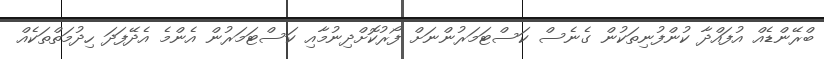
ބްރޭންޑެއް އުފައްދާ ކުންފުނިތަކުން ގެނެސް ކަސްޓަމަރުންނަށް ފޯރުކޮށްދިނުމާއި ކަސްޓަމަރުން އެންމެ އެދޭފަދަ ހިދުމަތްތަކެއް